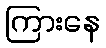
ကြားနေ